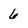
Character: 6